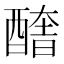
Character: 𨢔